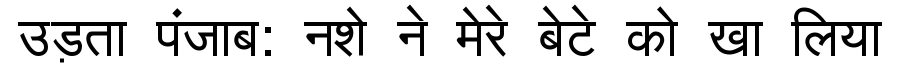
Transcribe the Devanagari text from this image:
उड़ता पंजाब: नशे ने मेरे बेटे को खा लिया